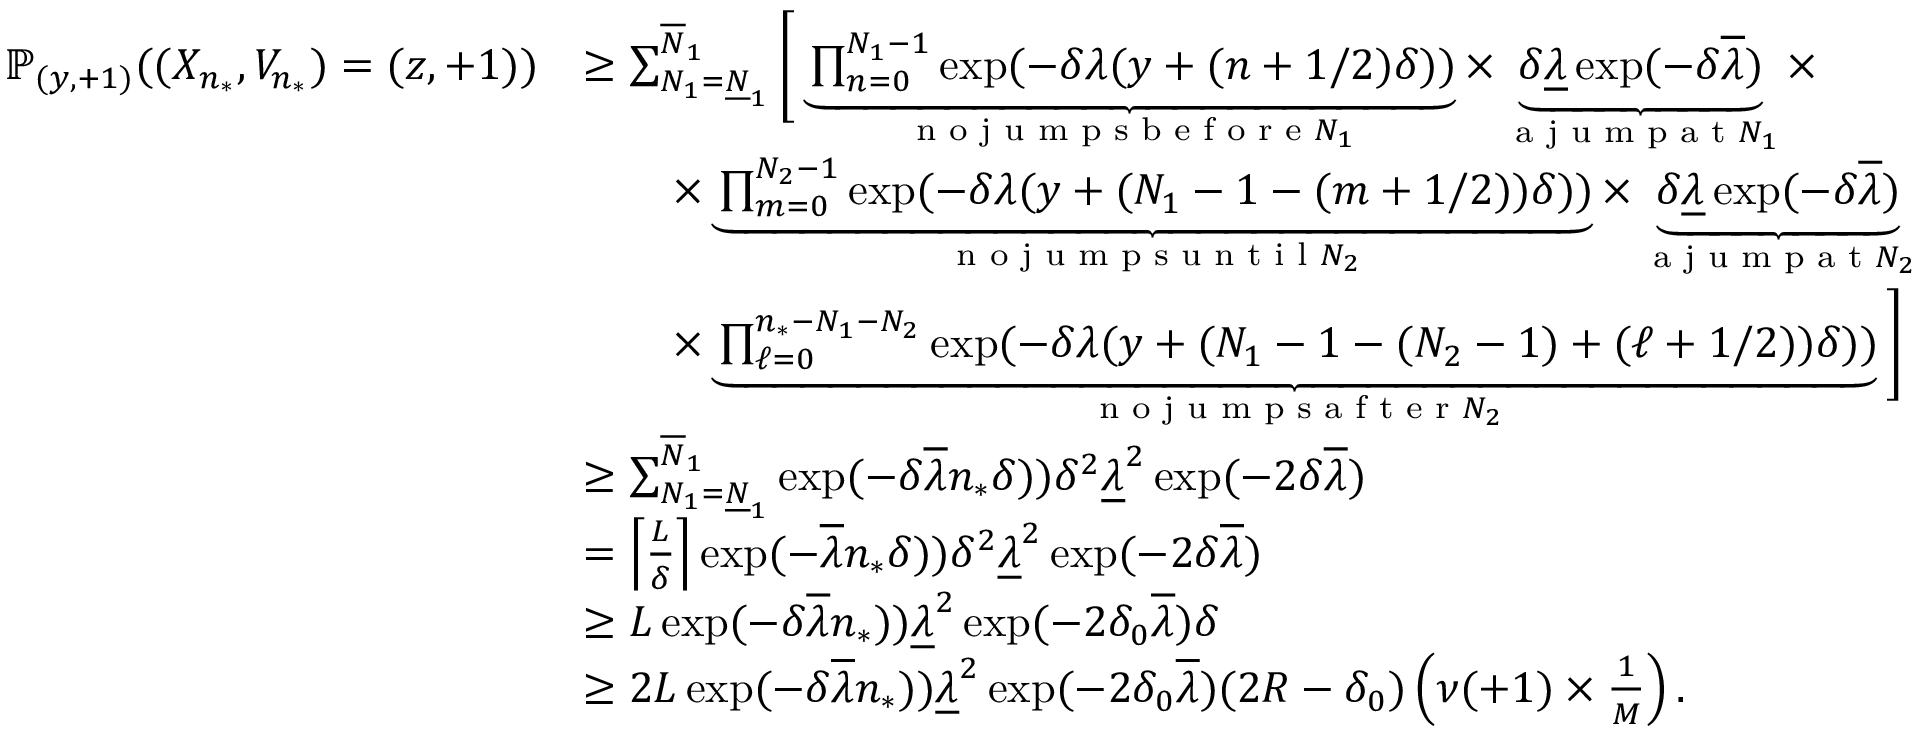
\begin{array} { r l } { \mathbb { P } _ { ( y , + 1 ) } ( ( X _ { n _ { * } } , V _ { n _ { * } } ) = ( z , + 1 ) ) } & { \geq \sum _ { N _ { 1 } = \underline { { N } } _ { 1 } } ^ { \overline { { N } } _ { 1 } } \Bigg [ \underbrace { \prod _ { n = 0 } ^ { N _ { 1 } - 1 } \exp ( - \delta \lambda ( y + ( n + 1 / 2 ) \delta ) ) } _ { \textnormal { n o j u m p s b e f o r e } N _ { 1 } } \times \underbrace { \delta \underline { { \lambda } } \exp ( - \delta \overline { { \lambda } } ) } _ { \textnormal { a j u m p a t } N _ { 1 } } \times } \\ & { \qquad \times \underbrace { \prod _ { m = 0 } ^ { N _ { 2 } - 1 } \exp ( - \delta \lambda ( y + ( N _ { 1 } - 1 - ( m + 1 / 2 ) ) \delta ) ) } _ { \textnormal { n o j u m p s u n t i l } N _ { 2 } } \times \underbrace { \delta \underline { { \lambda } } \exp ( - \delta \overline { { \lambda } } ) } _ { \textnormal { a j u m p a t } N _ { 2 } } } \\ & { \qquad \times \underbrace { \prod _ { \ell = 0 } ^ { n _ { * } - N _ { 1 } - N _ { 2 } } \exp ( - \delta \lambda ( y + ( N _ { 1 } - 1 - ( N _ { 2 } - 1 ) + ( \ell + 1 / 2 ) ) \delta ) ) } _ { \textnormal { n o j u m p s a f t e r } N _ { 2 } } \Bigg ] } \\ & { \geq \sum _ { N _ { 1 } = \underline { { N } } _ { 1 } } ^ { \overline { { N } } _ { 1 } } \exp ( - \delta \overline { { \lambda } } n _ { * } \delta ) ) \delta ^ { 2 } \underline { { \lambda } } ^ { 2 } \exp ( - 2 \delta \overline { { \lambda } } ) } \\ & { = \left\lceil \frac { L } { \delta } \right\rceil \exp ( - \overline { { \lambda } } n _ { * } \delta ) ) \delta ^ { 2 } \underline { { \lambda } } ^ { 2 } \exp ( - 2 \delta \overline { { \lambda } } ) } \\ & { \geq L \exp ( - \delta \overline { { \lambda } } n _ { * } ) ) \underline { { \lambda } } ^ { 2 } \exp ( - 2 \delta _ { 0 } \overline { { \lambda } } ) \delta } \\ & { \geq 2 L \exp ( - \delta \overline { { \lambda } } n _ { * } ) ) \underline { { \lambda } } ^ { 2 } \exp ( - 2 \delta _ { 0 } \overline { { \lambda } } ) ( 2 R - \delta _ { 0 } ) \left( \nu ( + 1 ) \times \frac { 1 } { M } \right) . } \end{array}